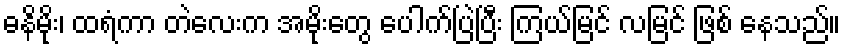
ဓနိမိုး၊ ထရံကာ တဲလေးက အမိုးတွေ ပေါက်ပြဲပြီး ကြယ်မြင် လမြင် ဖြစ် နေသည်။